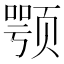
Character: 颚